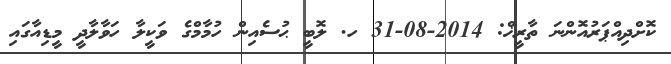
ކޮށްދިއްޕަރުއޮންނަ ތާރީޚް: 2014-08-31 ހ. ލޮބީ ޙުސެއިން ހުމާމްގެ ވަކީލާ ހަވާލާދީ މީޑިއާގައި